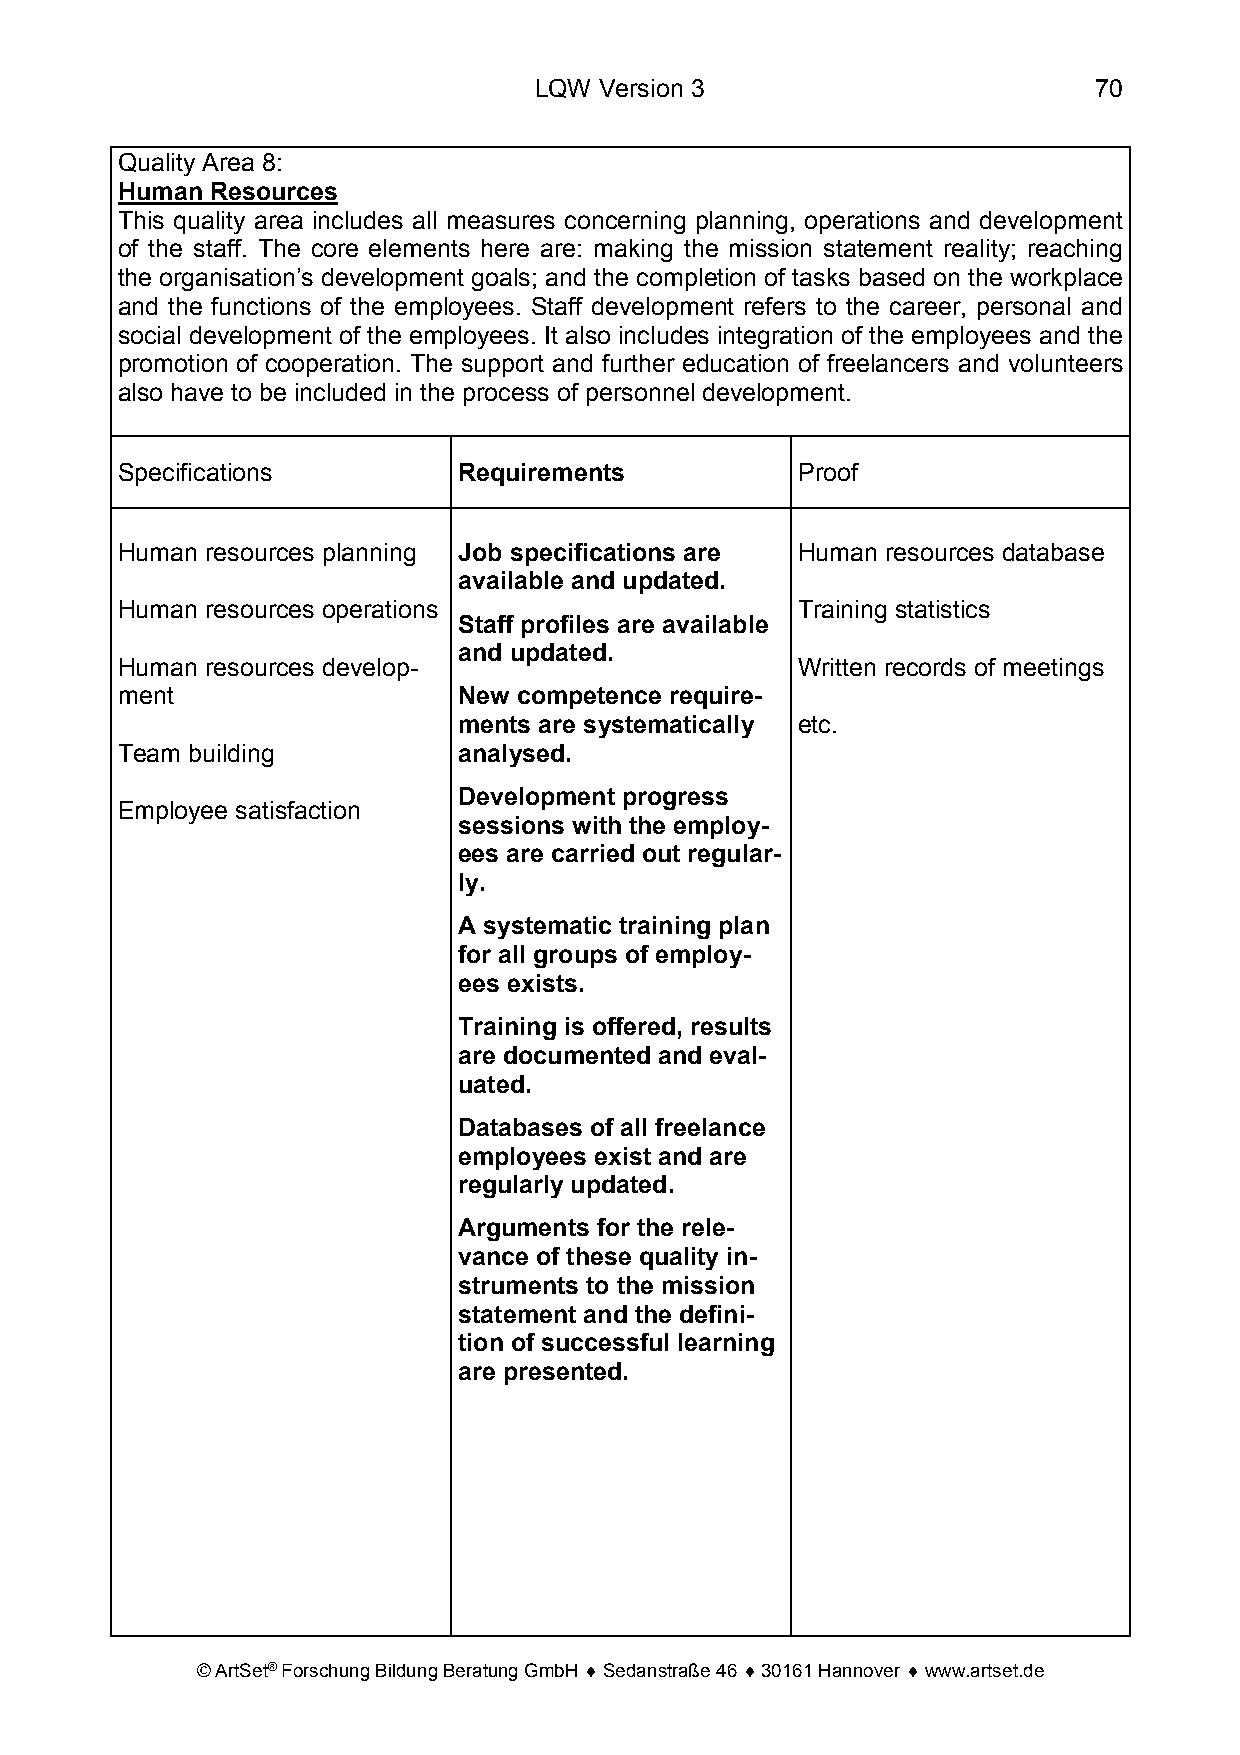
LQW  Version 3                       70
 Quality Area 8:
 Human Resources
 This quality area includes all measures concerning planning, operations and development
 of the staff. The core elements here are: making the mission statement reality; reaching
 the organisation’s development goals; and the completion of tasks based on the workplace
 and the functions of the employees. Staff development refers to the career, personal and
 social development of the employees. It also includes integration of the employees and the
 promotion of cooperation. The support and further education of freelancers and volunteers
 also have to be included in the process of personnel development.
 Specifications        Requirements           Proof
 Human resources planning Job specifications are Human resources database
 available and updated.
 Human resources operations                   Training statistics
 Staff profiles are available
 and updated.
 Human resources develop-                     Written records of meetings
 ment                  New competence require-
 ments are systematically etc.
 Team building         analysed.
 Development progress
 Employee satisfaction
 sessions with the employ-
 ees are carried out regular-
 ly.
 A systematic training plan
 for all groups of employ-
 ees exists.
 Training is offered, results
 are documented and eval-
 uated.
 Databases of all freelance
 employees exist and are
 regularly updated.
 Arguments for the rele-
 vance of these quality in-
 struments to the mission
 statement and the defini-
 tion of successful learning
 are presented.
 © ArtSet® Forschung Bildung Beratung GmbH ♦ Sedanstraße 46 ♦ 30161 Hannover ♦ www.artset.de